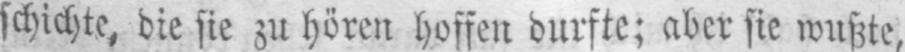
schichte, die sie zu hören hoffen durfte; aber sie wußte,